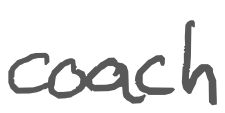
Text: coach
Cross-out: clean
Writing tool: digital_gray